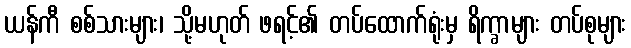
ယန်ကီ စစ်သားများ၊ သို့မဟုတ် ဖရင့်၏ တပ်ထောက်ရုံးမှ ရိက္ခာများ တပ်စုများ